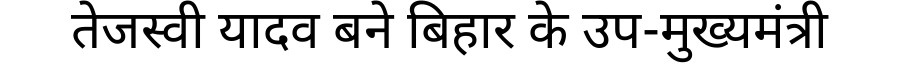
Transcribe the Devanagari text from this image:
तेजस्वी यादव बने बिहार के उप-मुख्यमंत्री